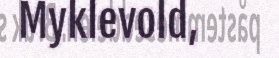
Myklevold,